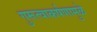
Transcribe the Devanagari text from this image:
गुरूत्वाकर्षणामुळे